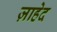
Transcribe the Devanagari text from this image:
ज़ाहेद